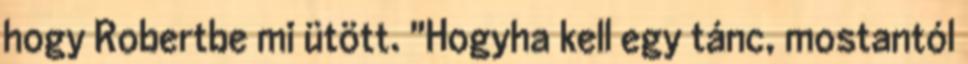
hogy Robertbe mi ütött. "Hogyha kell egy tánc, mostantól